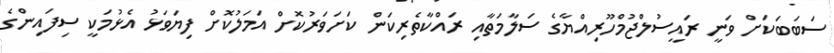
ސަބަބަކަށް ވަނީ ރައީސުލްޖުމްހޫރިއްޔާގެ ސަލާމަތާއި ރައްކާތެރިކަން ކަށަވަރުކޮށް އަމަލުކޮށް ފިޔަވަޅު އެޅުމަކީ ސިފައިންގެ